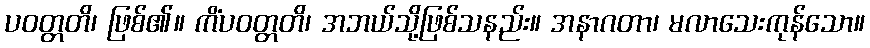
ပဝတ္တတိ၊ ဖြစ်၏။ ကိံပဝတ္တတိ၊ အဘယ်သို့ဖြစ်သနည်း။ အနာဂတာ၊ မလာသေးကုန်သော။